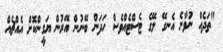
"ތަދެއް ނުވާނެ އެނގޭ ލޭގެ ޓެސްޓެއްވެސް ހަދަން ބޭނުން އޭރުން ޔަގީންކޮށް އެއްޗެއް